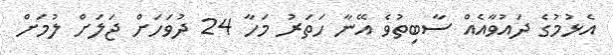
އެޅުމުގެ ދައުވާއެއް ސާބިތުވެ އޭނާ ހަތަރު މަހާ 24 ދުވަހަށް ޖަލަށް ލުމަށް